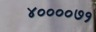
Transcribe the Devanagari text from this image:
४००००७१